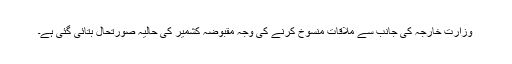
وزارتِ خارجہ کی جانب سے ملاقات منسوخ کرنے کی وجہ مقبوضہ کشمیر کی حالیہ صورتحال بتائی گئی ہے۔